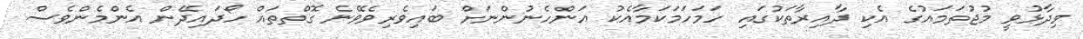
ވިދާޅުވީ މުޖުތަމައުގެ އެކި ދާއިރާތަކުގައި ހަމަހަމަކަމާއެކު އަންހެނުންނަށް ބައިވެރިވެވޭނެ ގޮތްތައް ހޯދައިދޭން އެންމެންވެސް